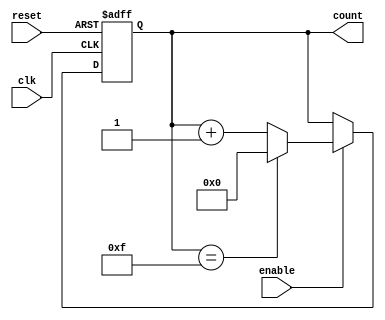
module parameterized_counter #(
    parameter WIDTH = 4,             // Number of bits in the counter
    parameter DIRECTION = "UP",      // Counting direction: "UP" or "DOWN"
    parameter MAX_COUNT = 15          // Maximum count value (must be <= 2**WIDTH - 1)
)(
    input wire clk,                  // Clock signal
    input wire reset,                // Asynchronous reset
    input wire enable,               // Enable signal
    output reg [WIDTH-1:0] count     // Current count value
);

    // Internal parameter for maximum value based on WIDTH
    localparam MAX_VALUE = (1 << WIDTH) - 1; // 2**WIDTH - 1

    always @(posedge clk or posedge reset) begin
        if (reset) begin
            count <= 0; // Reset the counter to zero
        end else if (enable) begin
            if (DIRECTION == "UP") begin
                if (count == MAX_COUNT) begin
                    count <= 0; // Wrap around to zero
                end else begin
                    count <= count + 1; // Increment the counter
                end
            end else if (DIRECTION == "DOWN") begin
                if (count == 0) begin
                    count <= MAX_COUNT; // Wrap around to MAX_COUNT
                end else begin
                    count <= count - 1; // Decrement the counter
                end
            end
        end
    end

endmodule